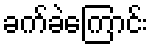
ခက်ခဲကြောင်း